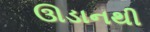
ઊડાનથી